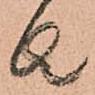
者